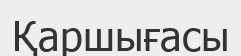
Қаршығасы